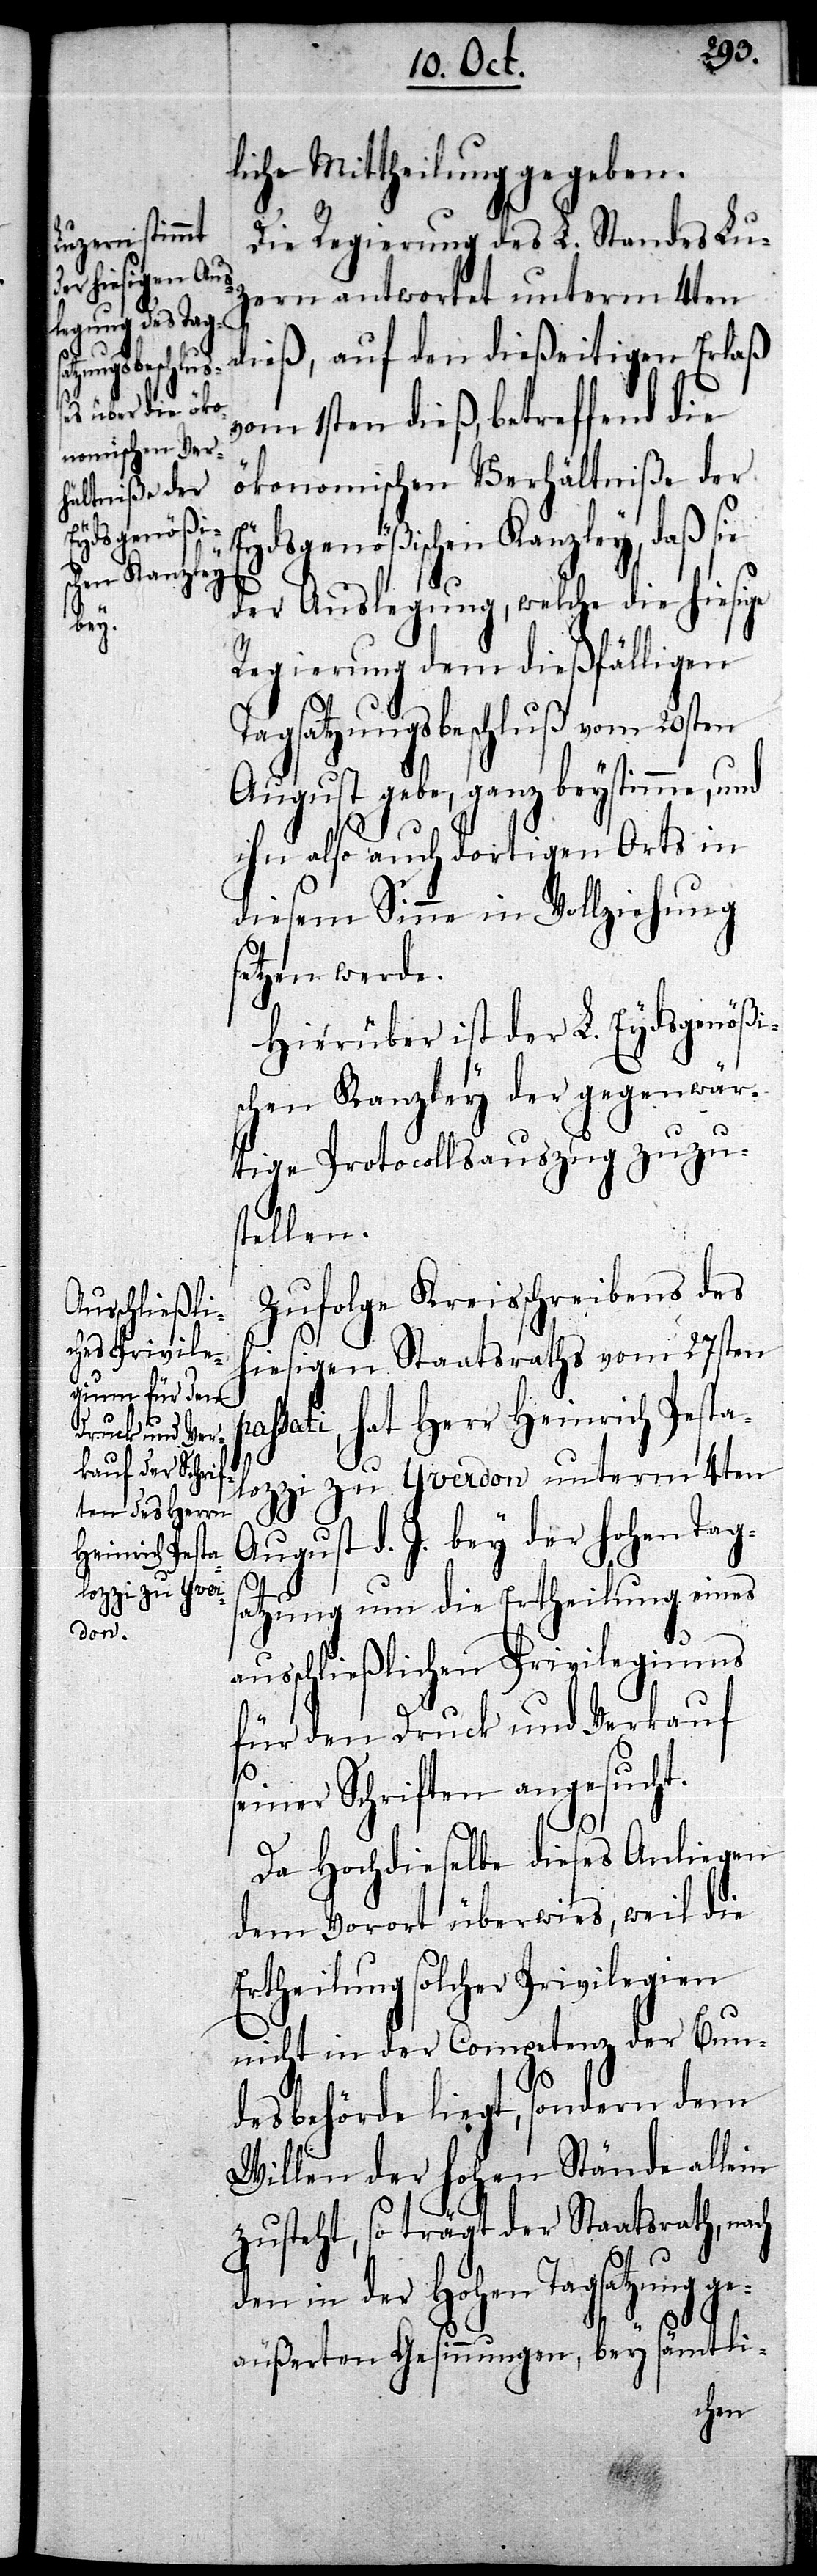
liche Mittheilung gegeben.
Die Regierung des L. Standes Lu¬
zern antwortet unterm 4ten
dieß, auf den dießeitigen Erlaß
vom 1sten dieß, betreffend die
ökonomischen Verhältniße der
Eydsgenößischen Kanzley, daß sie
der Auslegung, welche die hiesige
pas¬
Regierung dem dießfälligen
Tagsatzungsbeschluß vom 20sten
August gebe, ganz beystimme, und
ihn also auch dortigen Orts in
diesem Sinne in Vollziehung
setzten werde.
Hierüber ist der L. Eydsgenößi¬
schen Kanzley der gegenwär¬
tige Protocollsauszug zuzus¬
tellen.
Zufolge Kreisschreibens des
hiesigen Staatsraths vom 27sten
sati, hat Herr Heinrich Pesta¬
lozzi zu Yverdon unterm 4ten
August d. J. bey der hohen Tags¬
atzung um die Ertheilung eines
ausschließlichen Privilegiums
für den Druck und Verkauf
seiner Schriften angesucht.
Da Hochdieselbe dieses Anliegen
dem Vorort überwies, weil die
Ertheilung solcher Privilegien
nicht in der Competenz der Bun¬
desbehörde liegt, sondern dem
Willen der hohen Stände allein
zusteht, so trägt der Staatsrath, nach
den in der Hohen Tagsatzung ge¬
äußerten Gesinnungen, bey sämtli-